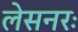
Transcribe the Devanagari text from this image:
लेसनरः